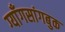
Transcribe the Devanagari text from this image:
ग्याँगसांगबुक